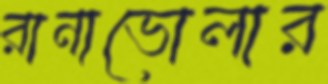
রানাভোলার